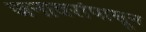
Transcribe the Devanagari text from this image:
जनावरांपासून